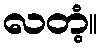
လတံ့။